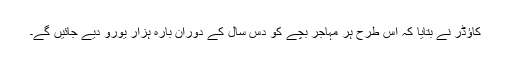
کاؤڈر نے بتایا کہ اس طرح ہر مہاجر بچے کو دس سال کے دوران بارہ ہزار یورو دیے جائیں گے۔